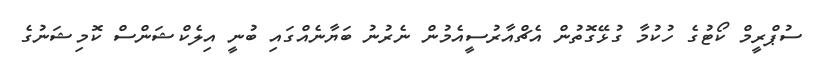
ސުޕްރީމް ކޯޓުގެ ހުކުމާ ގުޅޭގޮތުން އެޗްއާރުސީއެމުން ނެރުނު ބަޔާނެއްގައި ބުނީ އިލެކްޝަންސް ކޮމިޝަނުގެ